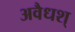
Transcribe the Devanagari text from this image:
अवैधश्